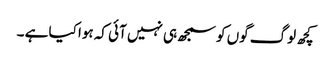
کچھ لوگ گوں کو سمجھ ہی نہیں آئی کہ ہوا کیا ہے ۔